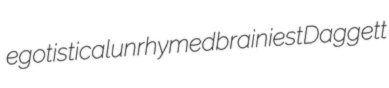
egotistical unrhymed brainiest Daggett